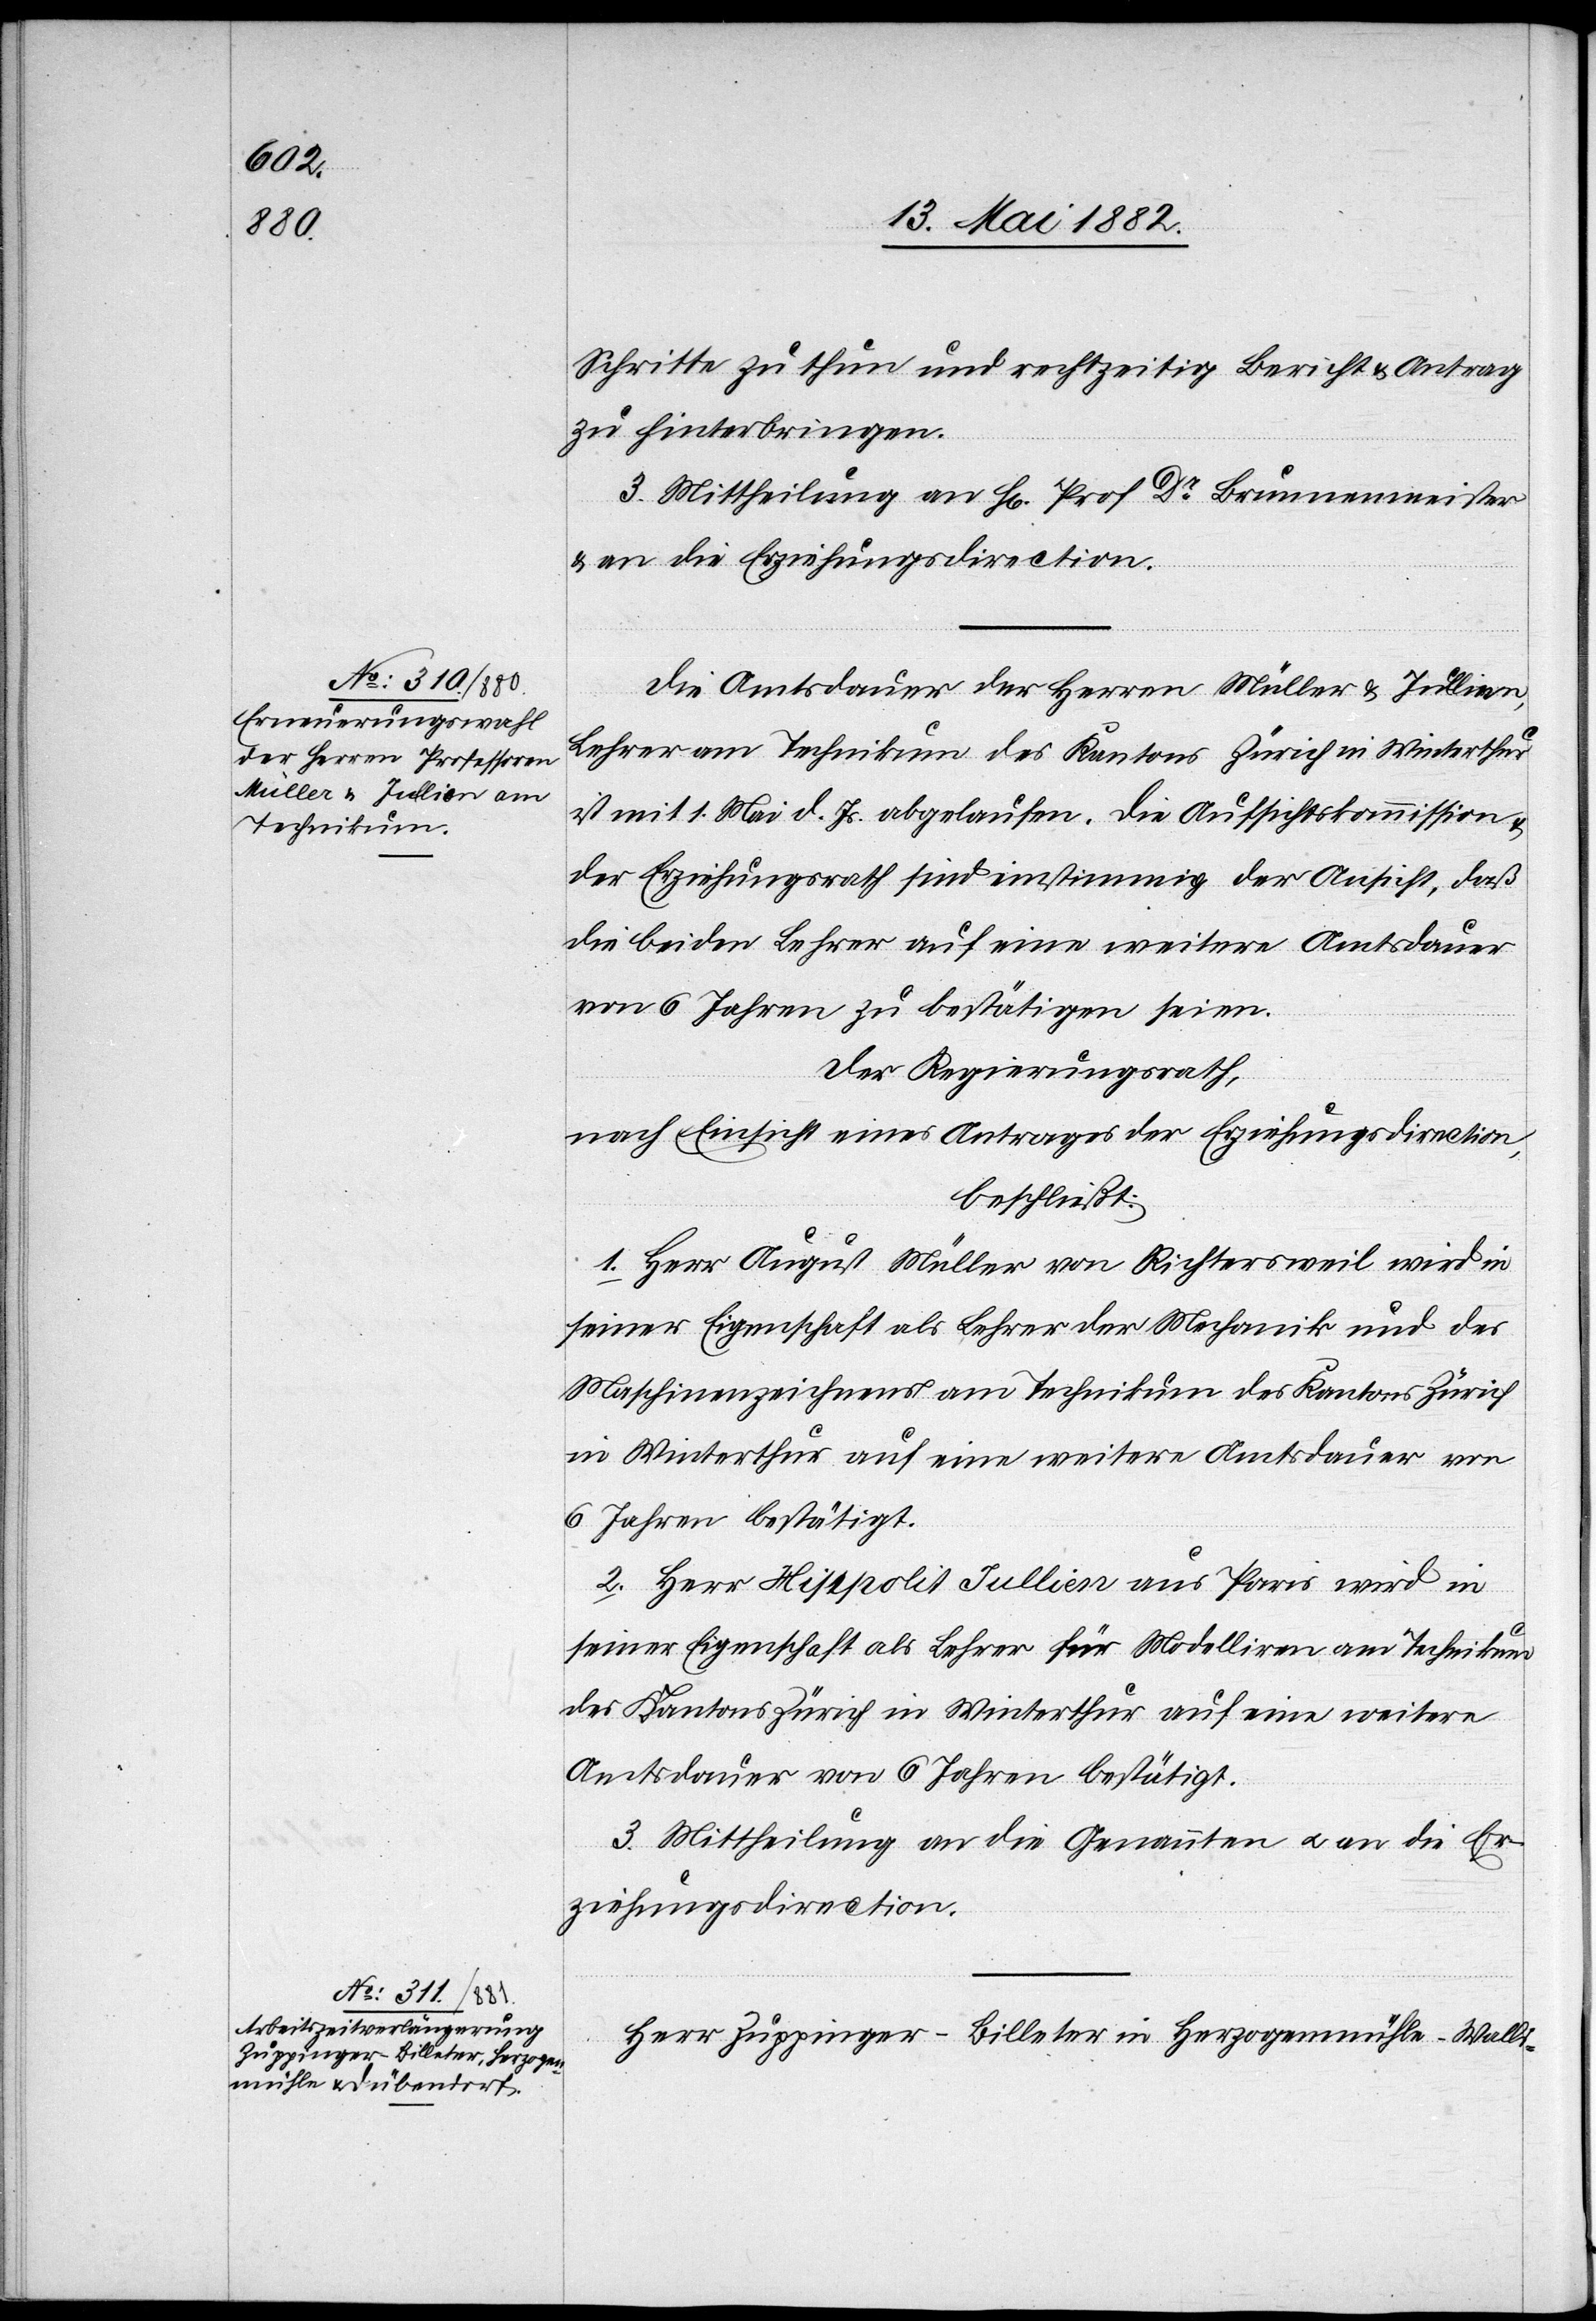
Schritte zu thun und rechtzeitig Bericht & Antrag
zu hinterbringen.
3. Mittheilung an H[rn]. Prof. Dr Brunnenmeister
& an die Erziehungsdirection.
Die Amtsdauer der Herren Müller & Jullien,
Lehrer am Technikum des Kantons Zürich in Winterthur
ist mit 11. Mai d. Js. abgelaufen. Die Aufsichtskommission
der Erziehungsrath sind einstimmig der Ansicht, daß
die beiden Lehrer auf eine weitere Amtsdauer
von 6 Jahren zu bestätigen seien.
Der Regierungsrath,
nach Einsicht eines Antrages der Erziehungsdirection,
beschließt:
1. Herr August Müller von Richtersweil wird in
seiner Eigenschaft als Lehrer der Mechanik und des
Maschinenzeichnens am Technikum des Kantons Zürich
in Winterthur auf eine weitere Amtsdauer von
6 Jahren bestätigt.
2. Herr Hippolit Jullien aus Paris wird in
seiner Eigenschaft als Lehrer für Modelliren am Technikum
des Kantons Zürich in Winterthur auf eine weitere
Amtsdauer von 6 Jahren bestätigt.
3. Mittheilung an die Genannten u. an die Er¬
ziehungsdirection.
Herr Zuppinger-Billeter in Herzogenmühle - Walli-